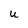
Character: U